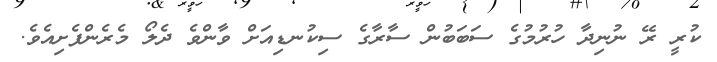
ކުރީ ރޭ ނުނިދާ ހުރުމުގެ ސަބަބުން ސާރާގެ ސިކުނޑިއަށް ވާންވެ ދެލޯ މެރެންފެށިއެވެ.